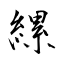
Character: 縲